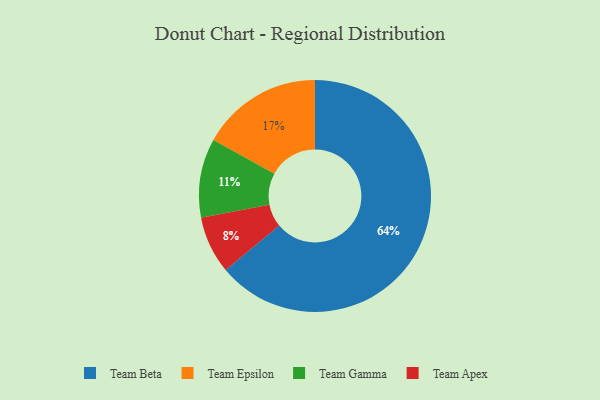
{"axis": {"x": "Category", "y": "Percentage"}, "legend": ["Team Apex", "Team Beta", "Team Epsilon", "Team Gamma"], "data": [{"x": "Team Epsilon", "y": 17, "type": "Team Epsilon"}, {"x": "Team Beta", "y": 64, "type": "Team Beta"}, {"x": "Team Apex", "y": 8, "type": "Team Apex"}, {"x": "Team Gamma", "y": 11, "type": "Team Gamma"}]}